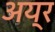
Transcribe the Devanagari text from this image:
अय्र